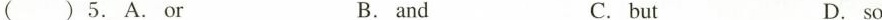
( )5.A.Or B.and C.but D.so